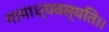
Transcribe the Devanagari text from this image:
नामाध्यवस्यति।।